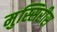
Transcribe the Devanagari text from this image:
मुस्सिरीस